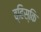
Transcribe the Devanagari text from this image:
व्हिस्कि